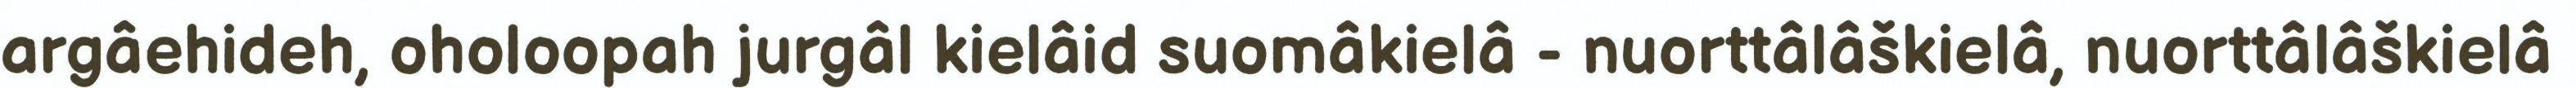
argâehideh, oholoopah jurgâl kielâid suomâkielâ - nuorttâlâškielâ, nuorttâlâškielâ